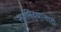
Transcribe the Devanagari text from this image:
सूर्यसिद्धान्तादी